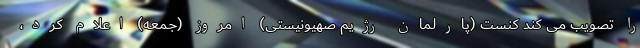
را تصویب می کند کنست (پارلمان رژیم صهیونیستی) امروز (جمعه) اعلام کرد،